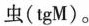
虫(tgM)。